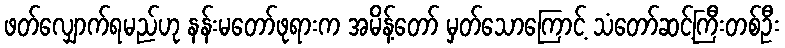
ဖတ်လျှောက်ရမည်ဟု နန်းမတော်ဖုရားက အမိန့်တော် မှတ်သောကြောင့် သံတော်ဆင့်ကြီးတစ်ဦး